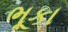
ભૂકા